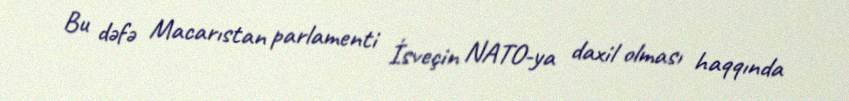
Bu dəfə Macarıstan parlamenti İsveçin NATO-ya daxil olması haqqında